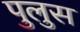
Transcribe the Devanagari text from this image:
पुलुस